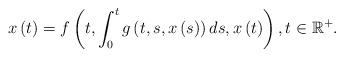
LaTeX: \begin{align*}x\left( t\right) =f\left( t,\int_{0}^{t}g\left( t,s,x\left( s\right) \right)ds,x\left( t\right) \right) ,t\in \mathbb{R}^{+}. \end{align*}